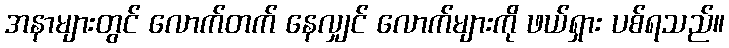
အနာများတွင် လောက်တက် နေလျှင် လောက်များကို ဖယ်ရှား ပစ်ရသည်။